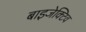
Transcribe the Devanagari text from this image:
बाइजेक्टिव